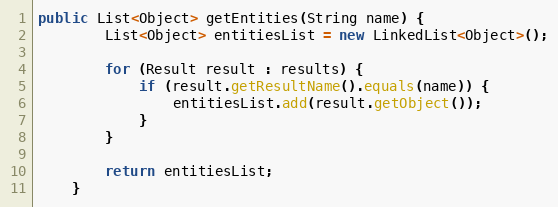
Language: Java
public List<Object> getEntities(String name) {
		List<Object> entitiesList = new LinkedList<Object>();

		for (Result result : results) {
			if (result.getResultName().equals(name)) {
				entitiesList.add(result.getObject());
			}
		}

		return entitiesList;
	}